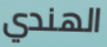
الهندي